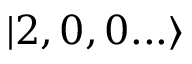
| 2 , 0 , 0 . . . \rangle